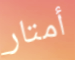
أمتار